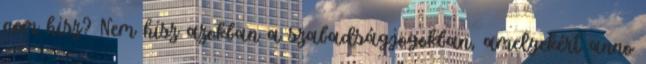
nem hisz? Nem hisz azokban a szabadságjogokban, amelyekért anno